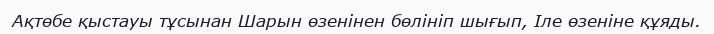
Ақтөбе қыстауы тұсынан Шарын өзенінен бөлініп шығып, Іле өзеніне құяды.